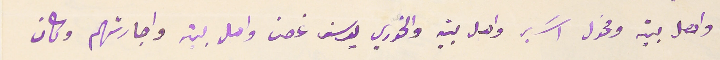
واهل بيته ومخول اسَبر واهل بيته والخوري يوسف غصن واهل بيته واجارتهم وكان